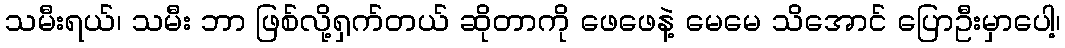
သမီးရယ်၊ သမီး ဘာ ဖြစ်လို့ရှက်တယ် ဆိုတာကို ဖေဖေနဲ့ မေမေ သိအောင် ပြောဦးမှာပေါ့၊